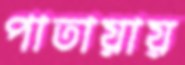
পাতায়ায়